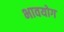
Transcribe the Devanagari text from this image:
भावयोग